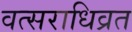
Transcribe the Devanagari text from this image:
वत्सराधिव्रत